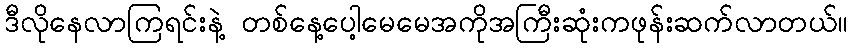
ဒီလိုနေလာကြရင်းနဲ့ တစ်နေ့ပေါ့မေမေအကိုအကြီးဆုံးကဖုန်းဆက်လာတယ်။